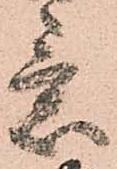
意